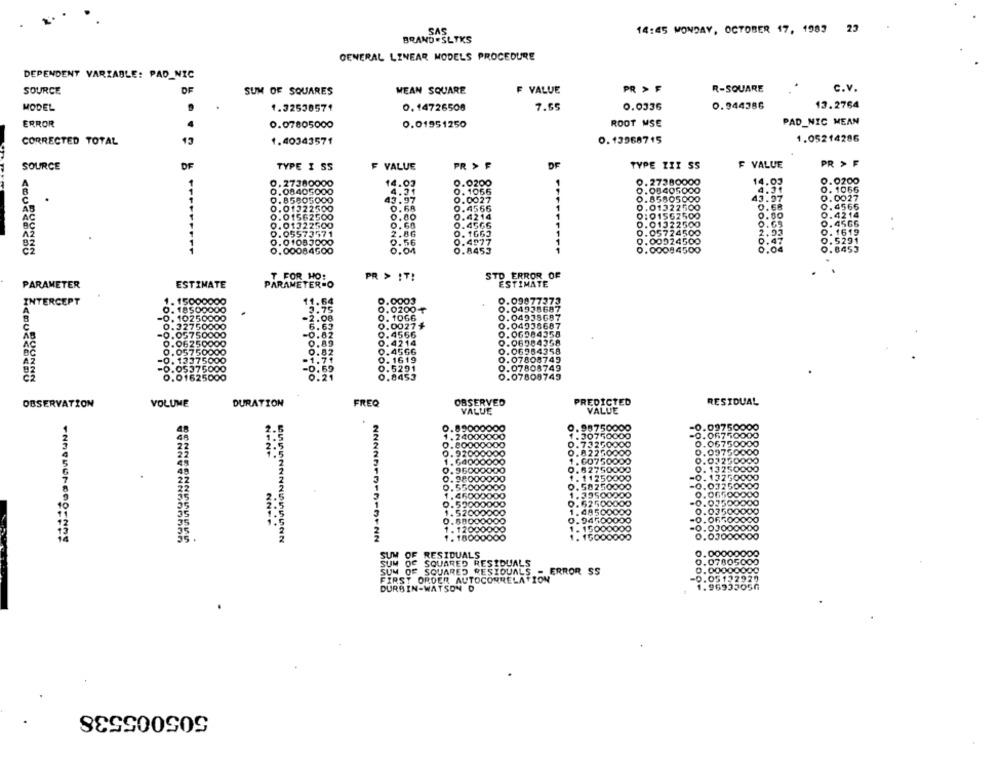
SAS
14:45 MONDAY, OCTOBER 17, 1983 23
BRAND . SLTKS
GENERAL LINEAR MODELS PROCEDURE
DEPENDENT VARIABLE: PAD_NIC
SOURCE
DF
SUM OF SQUARES
MEAN SQUARE
F VALUE
PR > F
R-SQUARE
C.V.
MODEL
1.32530571
0.14726508
7.65
0.0336
0.944386
13.2764
PAD_NIC MEAN
ERROR
0.07805000
0.01951250
ROOT MSE
CORRECTED TOTAL
13
1.40343571
0.13968715
1.05214286
SOURCE
TYPE I SS
F VALUE
PR > F
DE
TYPE KIT SS
F VALUE
PR > F
0.27380000
14.03
0.0200
0. 27380000
14.03
0.0200
.08405000
0.08405000
0. 1066
43.97
0. 1056
0.0027
0.85805000
1.97
0.0027
B580500
122500
0.01322500
ER
0.4566
0.68
0.4566
0:01562500
OODO
1562500
0.00
0.4214
.50
0.4214
0.01322500
0.60
0.4566
0.01322500
0.4566
0. 1663
0.05724500
95
0. 1619
01083000
56
0.4977
0.00924500
0.5291
0.00084500
0.8453
0.00084500
FRODONDO
54
0.8453
T FOR HO:
PR > IT!
STD ERROR OF
PARAMETER
ESTIMATE
PARAMETER-O
ESTIMATE
INTERCEPT
11.64
0.0003
0.09077373
3.75
0.0200
0.04938687
-0. 102
50000
2.08
0. 1066
0.04938687
0.3
6.63
0.00271
0.04936687
-0.0
50000
-0.82
0. 4566
0.06984358
0.89
0.4214
0.06984358
0.06250000
0.06984358
0. 05750000
0.52
0.4566
-0.1
1.71
0.1619
0.07808749
0.05.
-0.69
0.5291
9.07808749
.016250
0.21
0.8453
0.07809749
VOLUME
DURATION
FREQ
OBSERVED
PREDICTED
RESIDUAL
OBSERVATION
VALUE
VALUE
0.89000000
-0.09750000
1. 24000000
-0.06750000
0.00000000
0.06750000
NONT
....
0.92000000
0.09750000
64000000
0.02250000
9.96000000
. 13250000
9800
1. 11250
. 13250000
0. 58250
0.55000000
1.39500
-0.03250000
0.065
1.46000000
0.62500
0.52000000
-0.02500000
1.52000000
. 49500
0.03500000
....
0.88000000
-0.OF500000
150
-0.03000000
1 . 1800000
. 15000
100
SUM OF
RESIDUALS
SUM OF SQUARED RESIDUALS
0.07805000
SUM OF SQUARED RESIDUALS - ERROR SS
FIRST ORDER AUTOCORRELATION
0.00000000
-0.05122920
DURBIN-WATSON D
1.96933056
505005538